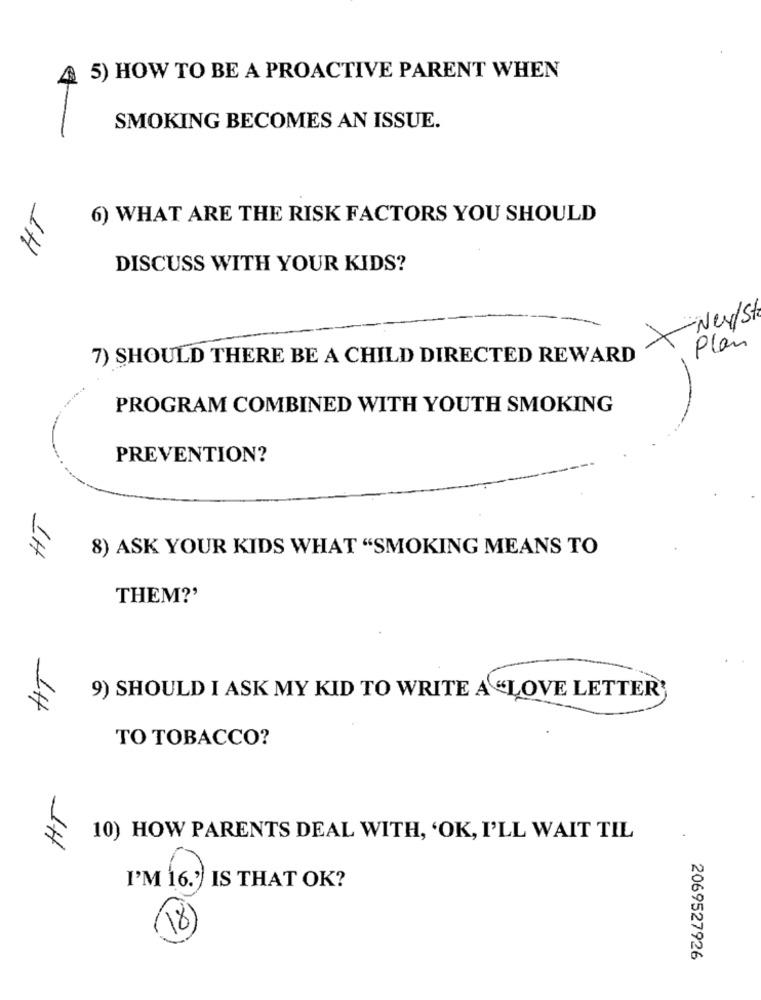
5) HOW TO BE A PROACTIVE PARENT WHEN
SMOKING BECOMES AN ISSUE.
6) WHAT ARE THE RISK FACTORS YOU SHOULD
1H
DISCUSS WITH YOUR KIDS?
-New/St
Plan
7) SHOULD THERE BE A CHILD DIRECTED REWARD
PROGRAM COMBINED WITH YOUTH SMOKING
PREVENTION?
1H
8) ASK YOUR KIDS WHAT "SMOKING MEANS TO
THEM?'
9) SHOULD I ASK MY KID TO WRITE A "LOVE LETTER'
14
TO TOBACCO?
1H
10) HOW PARENTS DEAL WITH, 'OK, I'LL WAIT TIL
I'M 16.') IS THAT OK?
18
2069527926